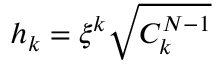
h _ { k } = \xi ^ { k } \sqrt { C _ { k } ^ { N - 1 } }